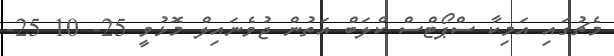
މެޗުގައި އަމިކާ ސްޕޯޓްސް ކްލަބް އަތުން ޖުވެނައިލް މޮޅުވީ 25- 10 25-